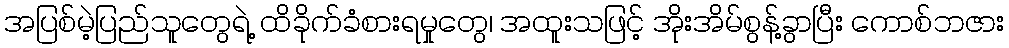
အပြစ်မဲ့ပြည်သူတွေရဲ့ ထိခိုက်ခံစားရမှုတွေ၊ အထူးသဖြင့် အိုးအိမ်စွန့်ခွာပြီး ကောစ်ဘဇား